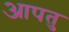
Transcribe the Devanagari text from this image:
आपतु